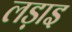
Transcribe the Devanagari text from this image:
लड़ाइ